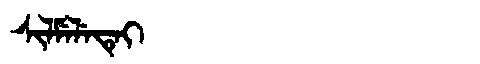
Manchu: ᠰᡳᠯᠮᡝᠯᡝᡨᡝᡳ
Romanization: SILMELETEI